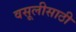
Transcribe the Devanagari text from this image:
वसूलीसाठी